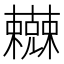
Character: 𰙇